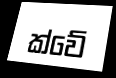
ක්වේ